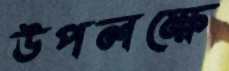
উপলক্ষে